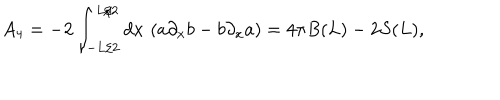
LaTeX: A _ { 4 } = - 2 \int _ { - L / 2 } ^ { L / 2 } d x \, \left( a \partial _ { x } b - b \partial _ { x } a \right) = 4 \pi B ( L ) - 2 S ( L ) ,